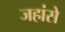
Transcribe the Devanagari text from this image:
जहांसे